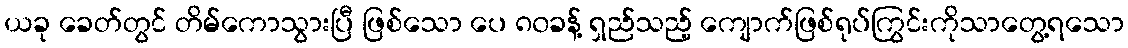
ယခု ခေတ်တွင် တိမ်ကောသွားပြီ ဖြစ်သော ပေ ၈၀ခန့် ရှည်သည့် ကျောက်ဖြစ်ရုပ်ကြွင်းကိုသာတွေ့ရသော